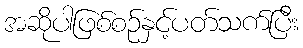
အဆိုပါဖြစ်စဉ်နှင့်ပတ်သက်ပြီး